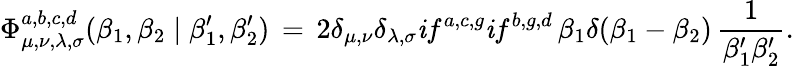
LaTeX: \Phi_{\mu,\nu,\lambda,\sigma}^{a,b,c,d}(\beta_{1},\beta_{2}\mid\beta_{1}^{\prime},\beta_{2}^{\prime})\, =\, 2\delta_{\mu,\nu}\delta_{\lambda,\sigma}\mathit{i}f^{a,c,g}\mathit{i}f^{b,g,d}\, \beta_{1}\delta(\beta_{1}-\beta_{2})\, \frac{1}{{\beta_{1}^{\prime}\beta_{2}^{\prime}}}.